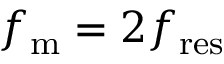
f _ { \mathrm { m } } = 2 f _ { \mathrm { r e s } }